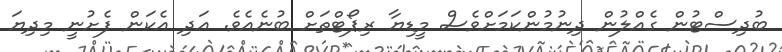
ބުދިސްޓުން ގެއްލުން ދިނުމުންކަމަށްވެސް މީޑިޔާ ރިޕޯޓްތަށް ބުނެއެވެ. އަދި އެކަން ފެށުނީ މިދިޔަ